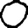
Digit: 0